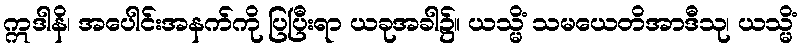
ဣဒါနိ၊ အပေါင်းအနက်ကို ပြပြီးရာ ယခုအခါ၌။ ယသ္မိံ သမယေတိအာဒီသု၊ ယသ္မိံ